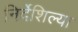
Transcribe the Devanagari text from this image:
निर्देशिल्या